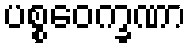
ပစ္စဝေက္ခဏာ